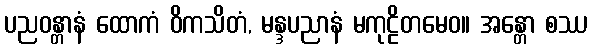
ပညဝန္တာနံ ထောကံ ဝိကသိတံ, မန္ဒပညာနံ မကုဠိတမေဝ။ အန္တော စဿ